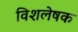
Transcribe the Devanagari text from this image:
विशलेषक